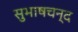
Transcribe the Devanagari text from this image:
सुभाषचन्द